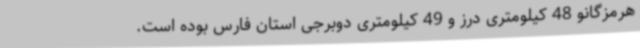
هرمزگانو 48 کیلومتری درز و 49 کیلومتری دوبرجی استان فارس بوده است.